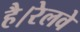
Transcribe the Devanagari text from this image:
है।रेलवे